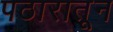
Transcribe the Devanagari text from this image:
पठारातून